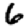
Digit: 6